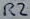
Text: R2